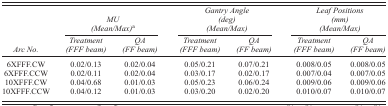
<table><thead><tr><td></td><td colspan="2"><b><i>MU (Mean/Max)</i><sup>a</sup></b></td><td colspan="2"><b><i>Gantry Angle (deg) (Mean/Max)</i></b></td><td colspan="2"><b><i>Leaf Positions (mm)(Mean/Max)</i></b></td></tr><tr><td><b><i>Arc No</i>.</b></td><td><b><i>Treatment (FFF beam)</i></b></td><td><b><i>QA (FF beam)</i></b></td><td><b><i>Treatment (FFF beam)</i></b></td><td><b><i>QA (FF beam)</i></b></td><td><b><i>Treatment (FFF beam)</i></b></td><td><b><i>QA (FF beam)</i></b></td></tr></thead><tbody><tr><td>6XFFF.CW</td><td>0.02/0.13</td><td>0.02/0.04</td><td>0.05/0.21</td><td>0.07/0.21</td><td>0.008/0.05</td><td>0.008/0.05</td></tr><tr><td>6XFFF.CCW</td><td>0.02/0.11</td><td>0.02/0.04</td><td>0.03/0.17</td><td>0.02/0.17</td><td>0.007/0.04</td><td>0.007/0.05</td></tr><tr><td>10XFFF.CW</td><td>0.04/0.68</td><td>0.01/0.03</td><td>0.05/0.23</td><td>0.06/0.24</td><td>0.009/0.06</td><td>0.009/0.06</td></tr><tr><td>10XFFF.CCW</td><td>0.04/0.12</td><td>0.01/0.03</td><td>0.03/0.20</td><td>0.02/0.20</td><td>0.010/0.07</td><td>0.010/0.07</td></tr></tbody></table>